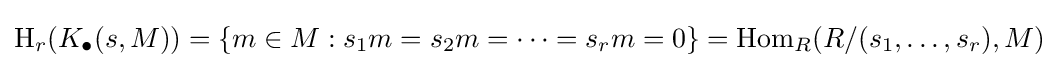
\operatorname {H} _{r}(K_{\bullet }(s,M))=\{m\in M:s_{1}m=s_{2}m=\dots =s_{r}m=0\}=\operatorname {Hom} _{R}(R/(s_{1},\dots ,s_{r}),M)